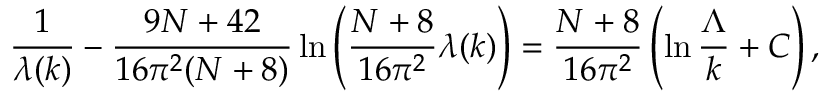
\frac { 1 } { \lambda ( k ) } - \frac { 9 N + 4 2 } { 1 6 \pi ^ { 2 } ( N + 8 ) } \ln \left( \frac { N + 8 } { 1 6 \pi ^ { 2 } } \lambda ( k ) \right) = \frac { N + 8 } { 1 6 \pi ^ { 2 } } \left( \ln \frac { \Lambda } { k } + C \right) ,